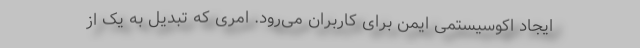
ایجاد اکوسیستمی ایمن برای کاربران می‌رود. امری که تبدیل به یک از